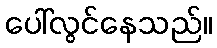
ပေါ်လွင်နေသည်။